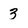
Character: 3